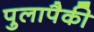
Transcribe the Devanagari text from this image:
पुलापैकी